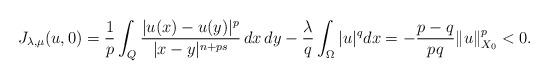
LaTeX: \begin{align*}J_{\lambda,\mu}(u,0)=\frac{1}{p}\int_Q\frac{|u(x)-u(y)|^p}{|x-y|^{n+ps}} \,dx\,dy -\frac{ \lambda}{q}\int_\Omega |u|^{q} dx=-\frac{p-q}{pq}\|u\|_{X_0}^p<0.\end{align*}